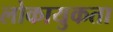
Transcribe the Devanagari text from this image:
लोकायुकता